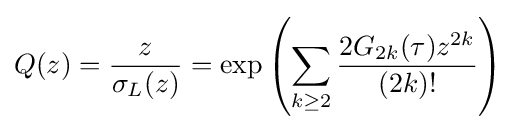
Q(z)={\frac {z}{\sigma _{L}(z)}}=\exp \left(\sum _{k\geq 2}{2G_{2k}(\tau )z^{2k} \over (2k)!}\right)